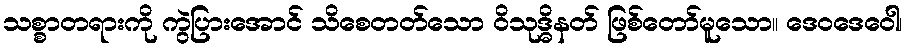
သစ္စာတရားကို ကွဲပြားအောင် သိစေတတ်သော ဝိသုဒ္ဓိနတ် ဖြစ်တော်မူသော။ ဒေဝဒေဝေါ၊